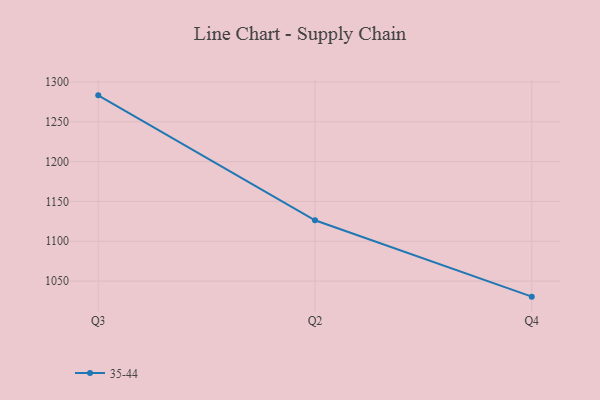
{"axis": {"x": "Quarter", "y": "Page Views"}, "legend": ["35-44"], "data": [{"x": "Q3", "y": 1283.2, "type": "35-44"}, {"x": "Q2", "y": 1126.4, "type": "35-44"}, {"x": "Q4", "y": 1030.5, "type": "35-44"}]}